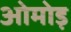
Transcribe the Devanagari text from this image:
ओमोड़